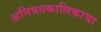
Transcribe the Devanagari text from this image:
अनियतकालिकाचा